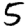
Digit: 5